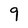
Character: 9